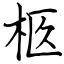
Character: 柩